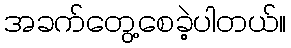
အခက်တွေ့စေခဲ့ပါတယ်။